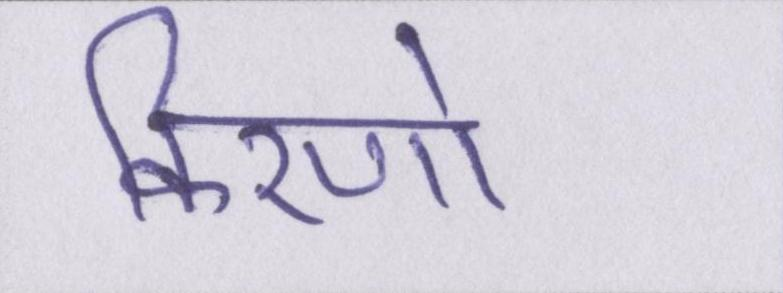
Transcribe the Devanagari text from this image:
किरणो